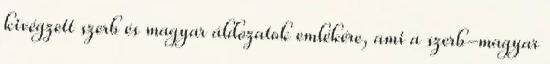
kivégzett szerb és magyar áldozatok emlékére, ami a szerb-magyar